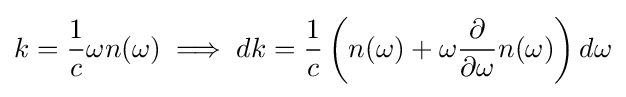
k={\frac {1}{c}}\omega n(\omega )\implies dk={\frac {1}{c}}\left(n(\omega )+\omega {\frac {\partial }{\partial \omega }}n(\omega )\right)d\omega